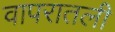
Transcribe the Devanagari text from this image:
वापरातली